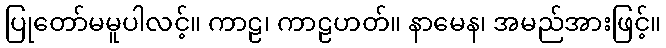
ပြုတော်မမူပါလင့်။ ကာဠ၊ ကာဠဟတ်။ နာမေန၊ အမည်အားဖြင့်။